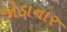
જોડાનાર